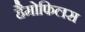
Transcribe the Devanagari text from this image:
हैमोफिलस